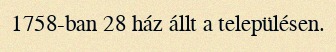
1758-ban 28 ház állt a településen.